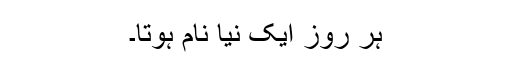
ہر روز ایک نیا نام ہوتا۔